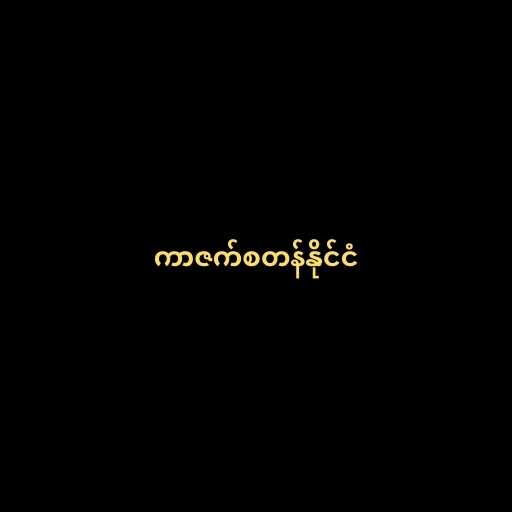
ကာဇက်စတန်နိုင်ငံ